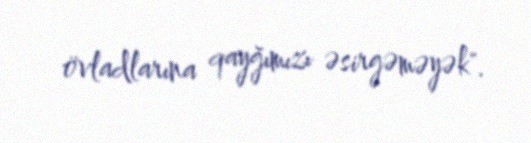
övladlarına qayğımızı əsirgəməyək".